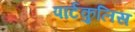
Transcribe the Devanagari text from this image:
पार्टकुलिस